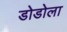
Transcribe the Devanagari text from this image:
डोडोला